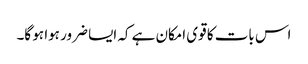
اس بات کا قوی امکان ہے کہ ایسا ضرور ہوا ہو گا۔